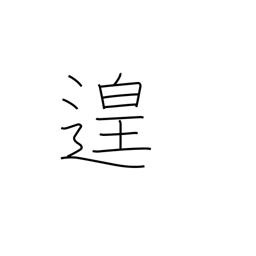
Meaning: leisure